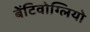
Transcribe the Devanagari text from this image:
बेंटिवोग्लियो